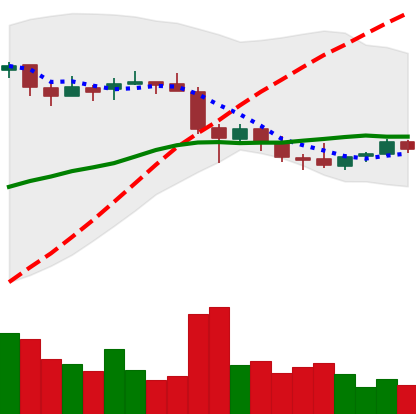
Ticker: EOS-USD
Chart end date: 2018-05-21
Forward return: -8.581%
Label: down_7plus